Bréfritari: Jakobína Jónsdóttir
Viðtakandi: Sólveig Jónsdóttir
Dagsetning: A-1865-11-01
Skrifað á: Reykjavík  Gull.
systir bréfviðtakanda

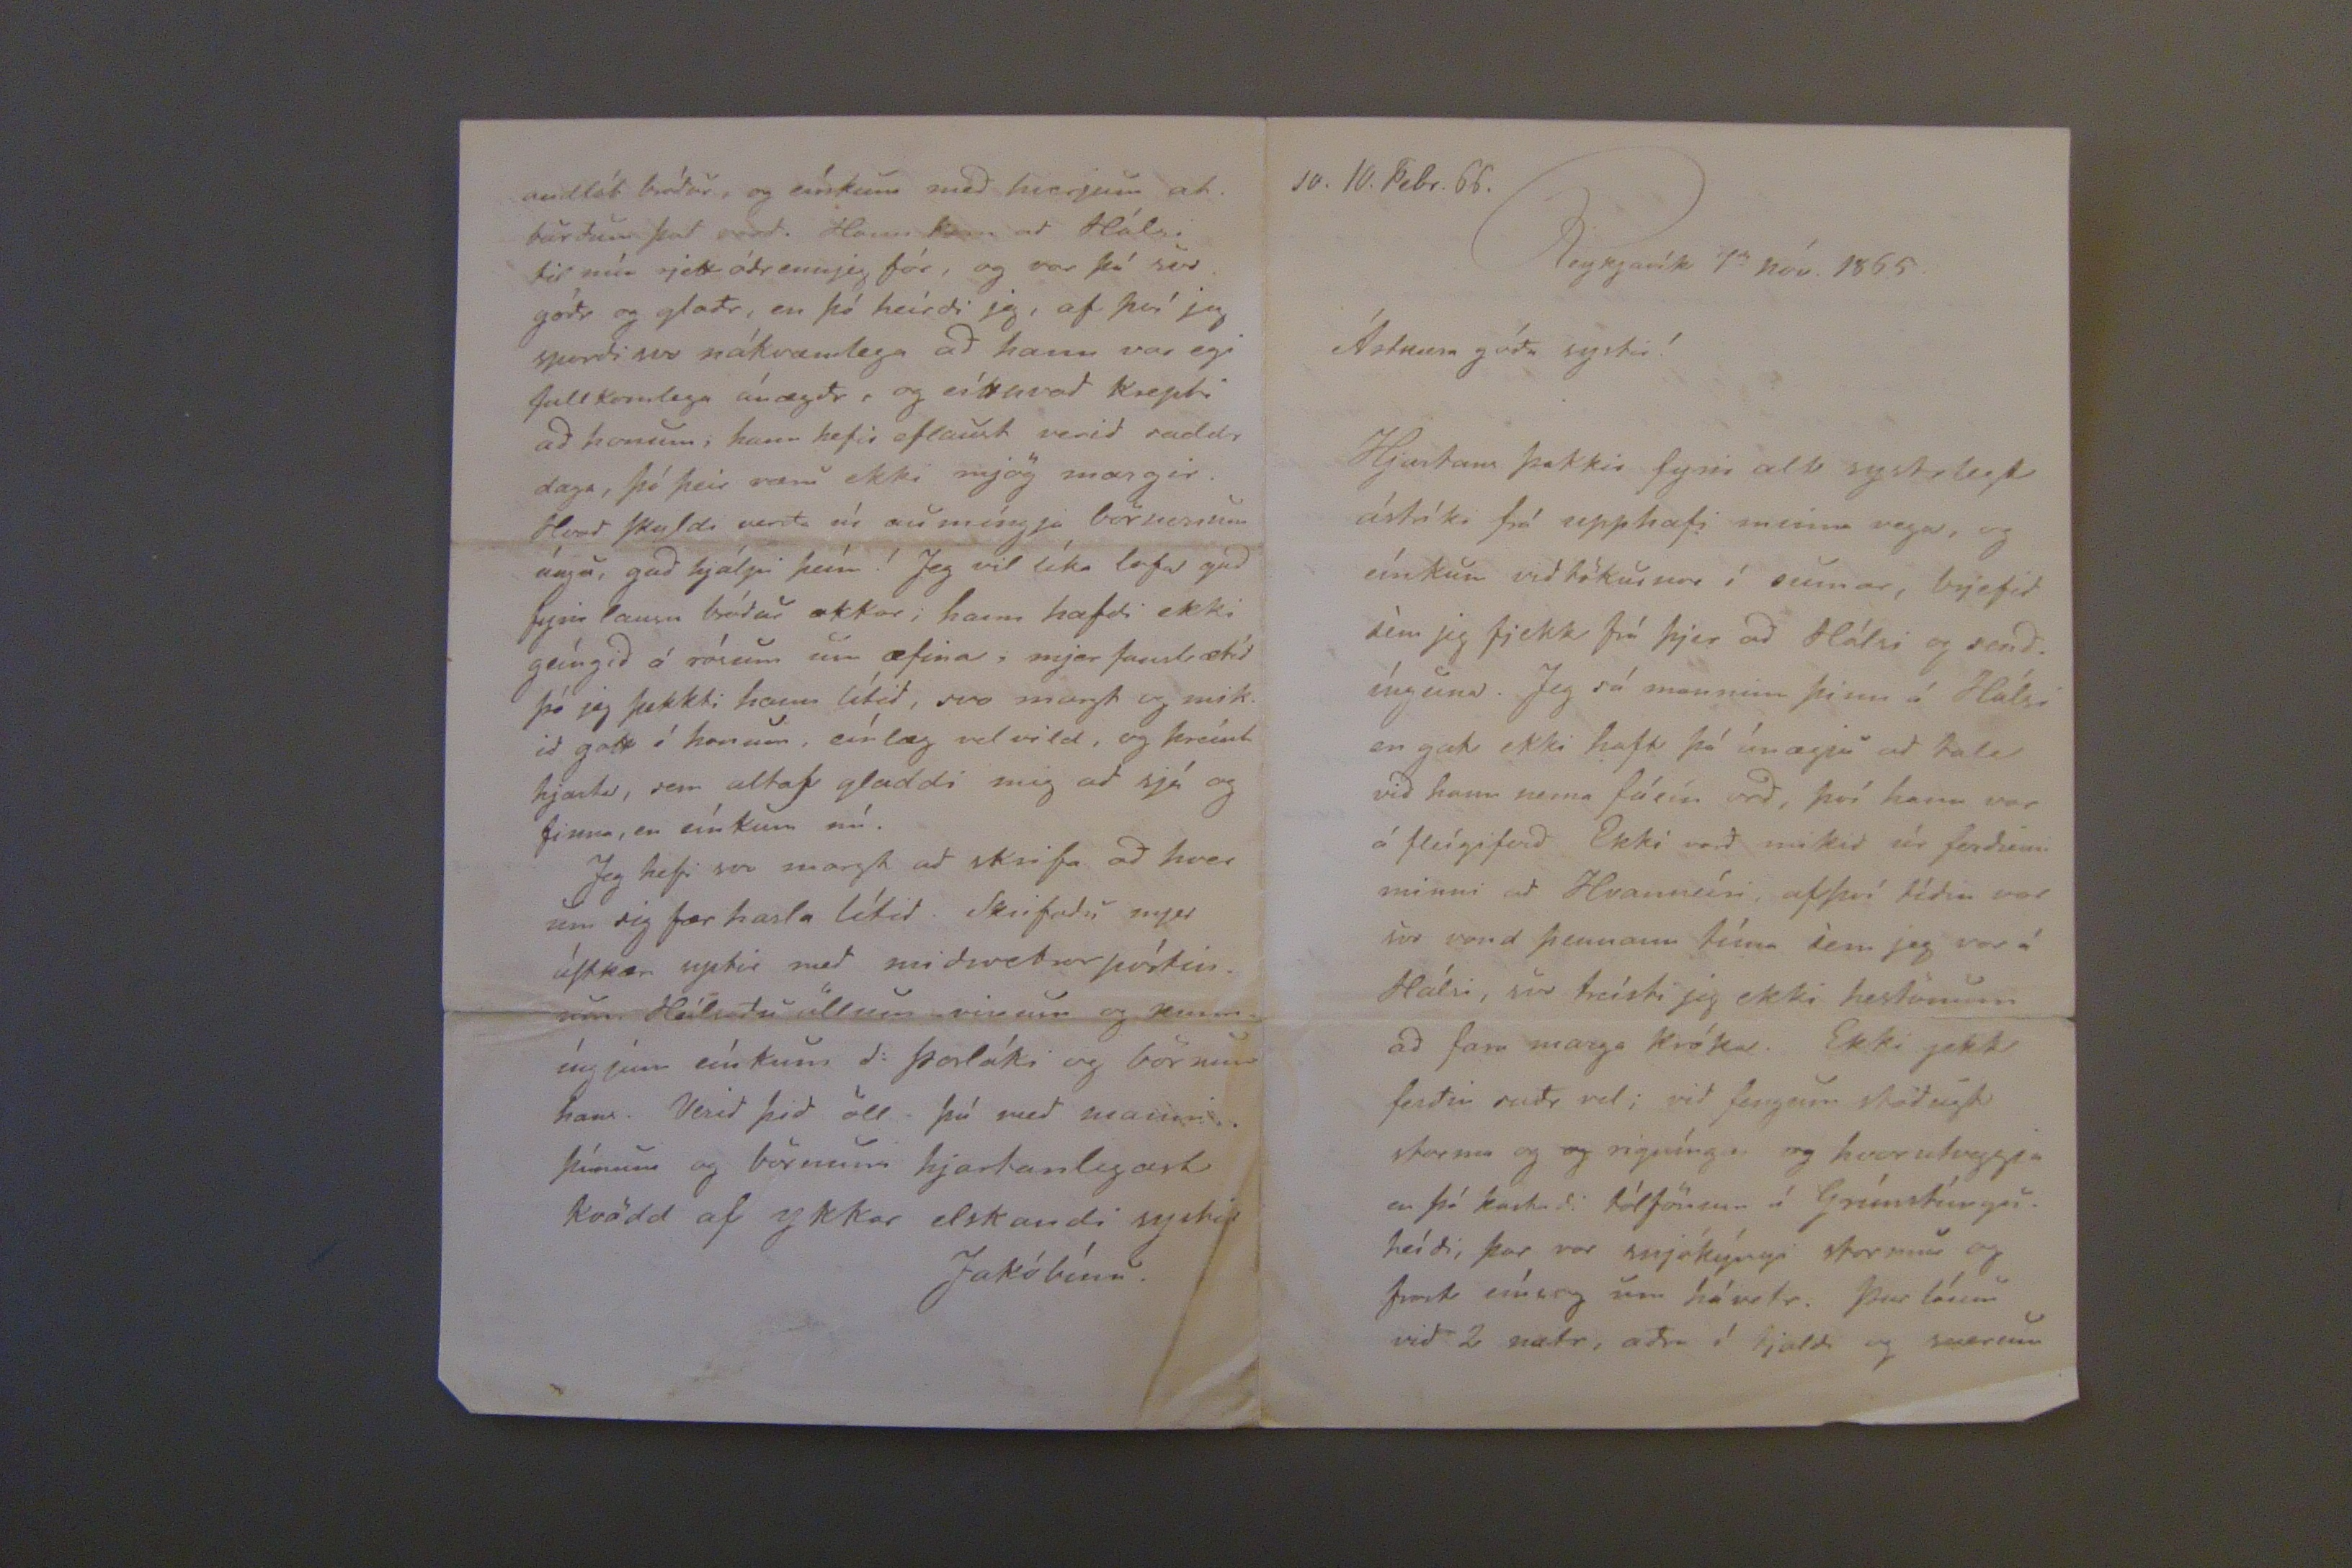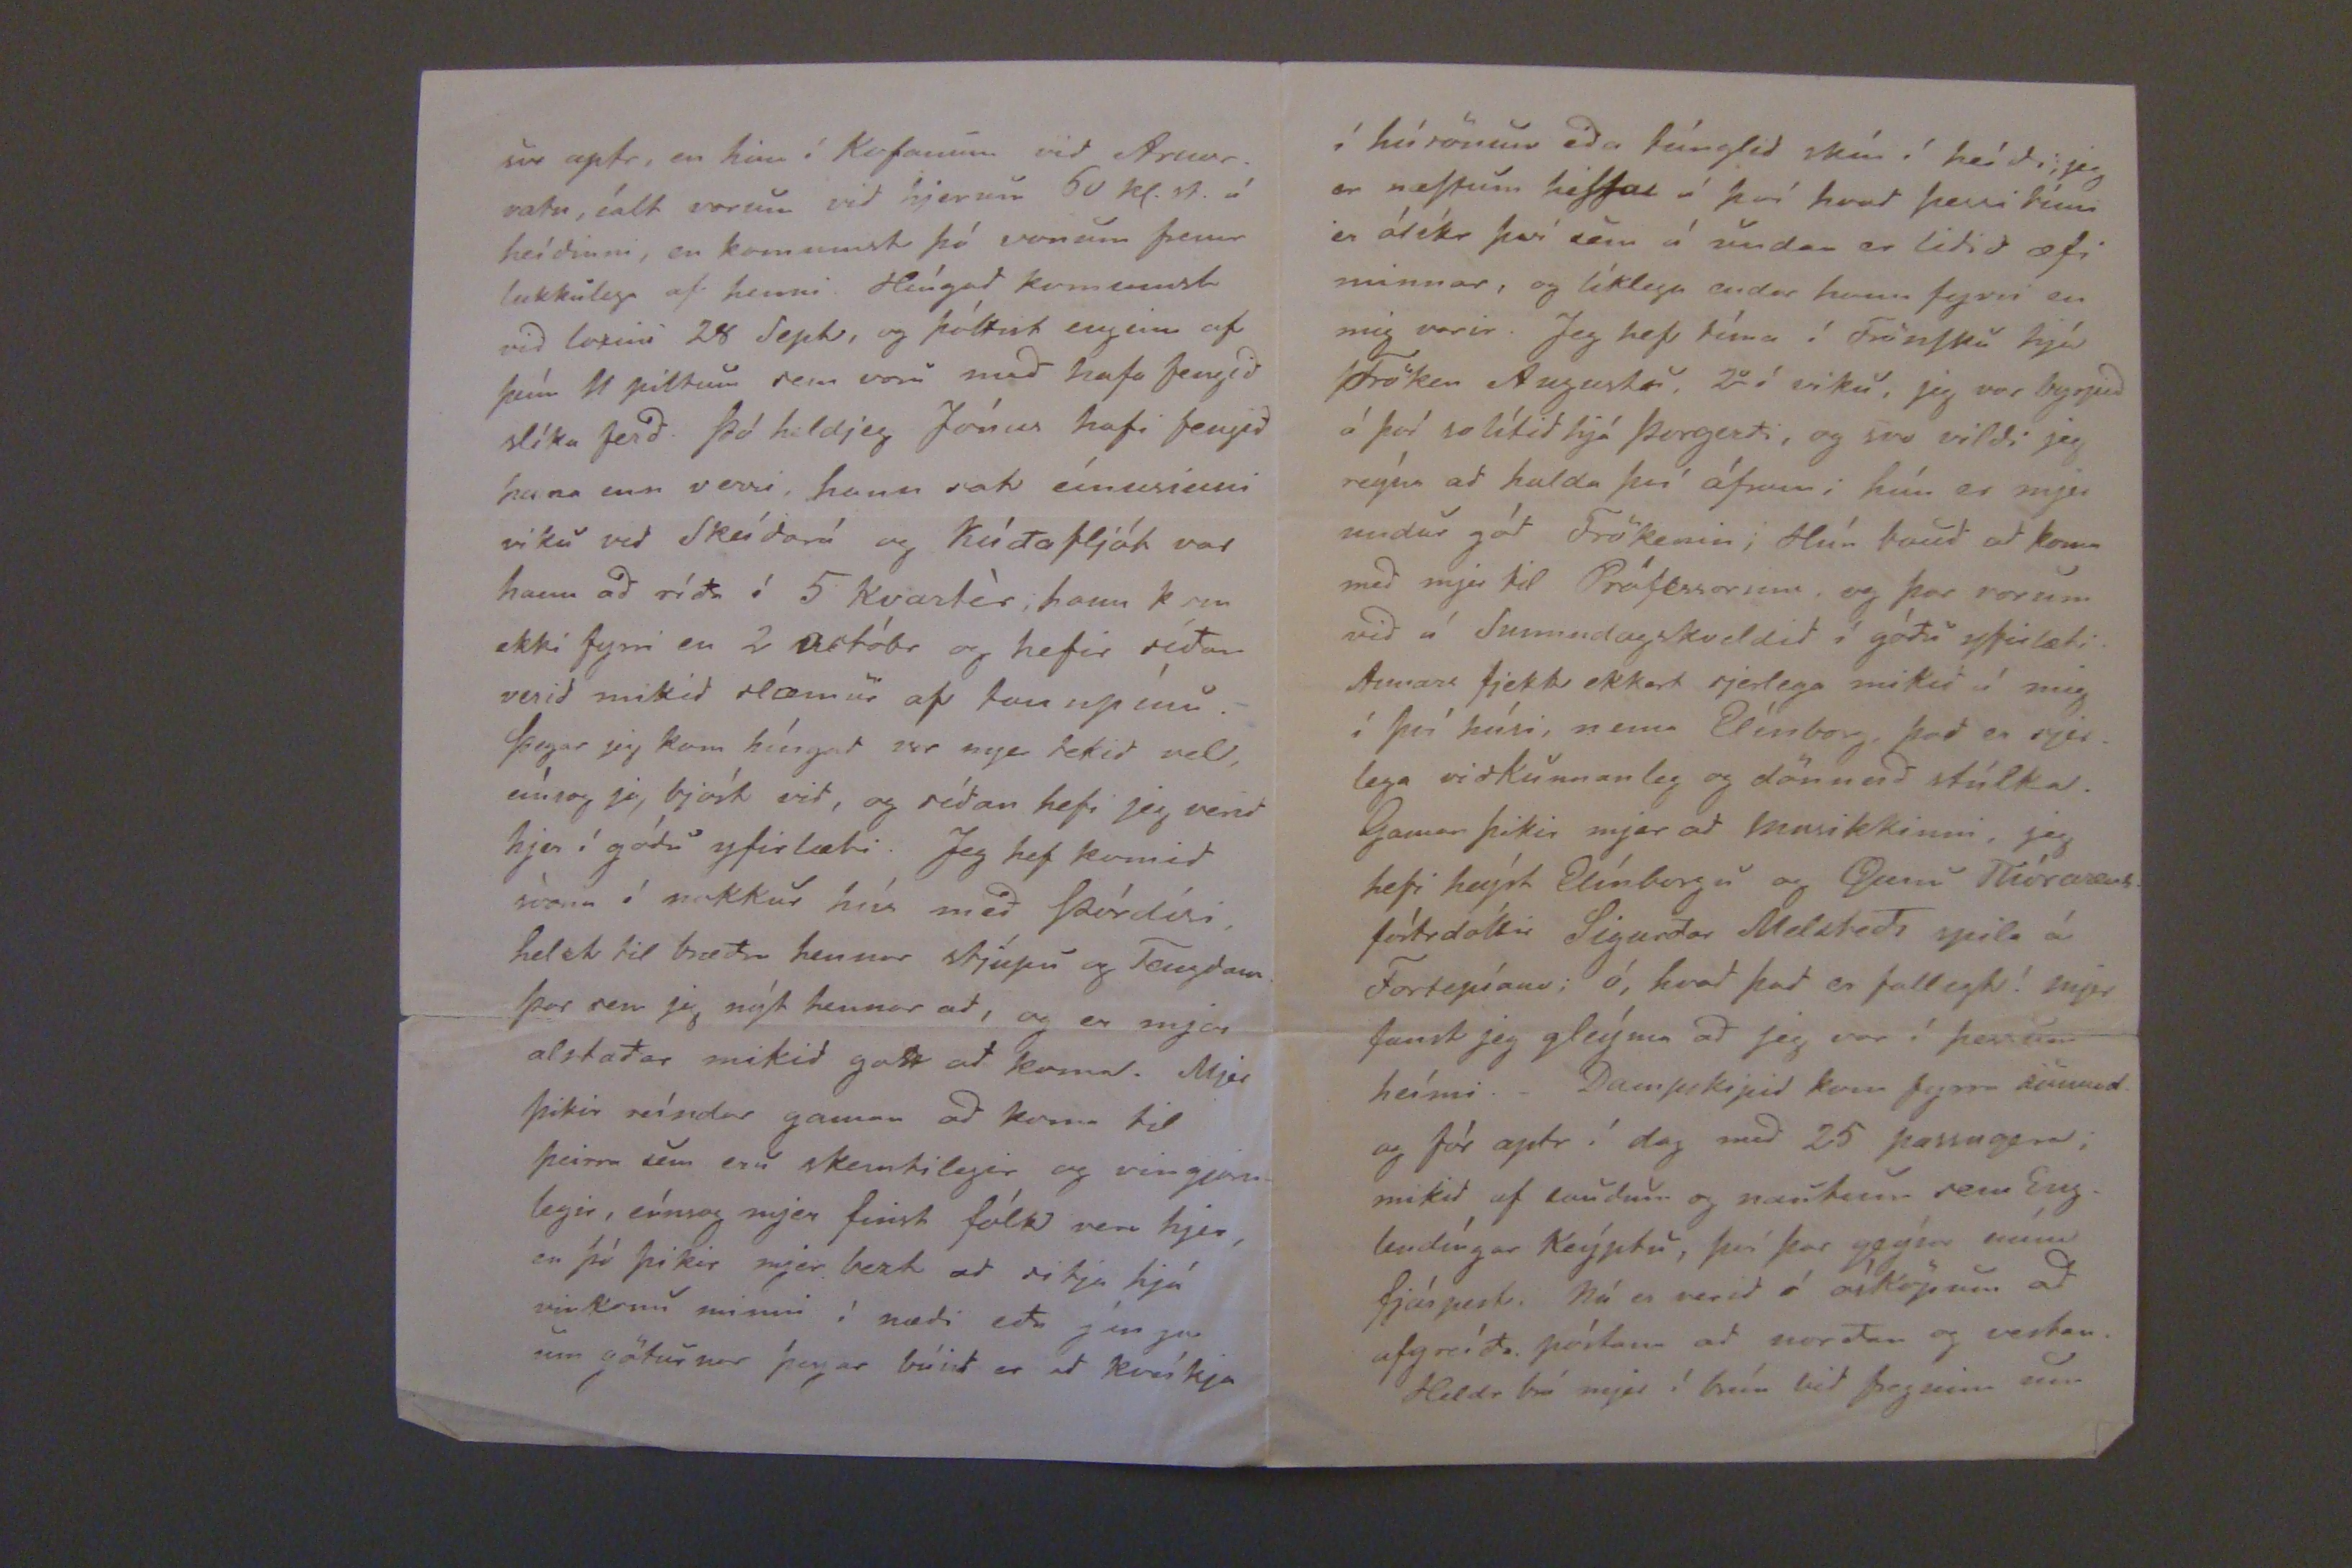

10.10.Febr. 66.
Reykjavík 1
da
nóv. 1865.
Ástkæra góda systir!
Hjartans þakkir fyrir alt systirlegt ástríki frá upphafi minna vegu, og eínkum vidtökurnar í sumar, brjefid sem jeg fjekk frá þjer ad Hálsi og sendínguna. Jeg sá manninn þinn á Hálsi en gat ekki haft þá ánægju ad tala vid hann nema fáeín ord, því hann var á fleígiferd. Ekki vard mikid úr ferdinni minni ad Hvanneíri, afþví tídin var svo vond þennann tíma sem jeg var á Hálsi, svo treísti jeg ekki hestönum ad fara marga króka. Ekki gekk ferdin sudr vel; vid fengum stödugt storma og
og
rigníngu og hvorutvggja er þá kastadi tólförum í Grímstúnguheidi, þar var snjókýngi stormur og frost eínsog um hávetr. Þeir lánu vid 2 nætr, adra í tjaldi og særum
svo aptr, en hin í Kofanum vid Arnarvatn, íalt vorum vid hjerum 60 kl.st. á heídinni, en komumst þó vonum fremr lukkulega af henni. Híngad komumst vid loksins 28 Sept, og þóttist enginn af þeím 11 piltum sem voru med hafa fengid slíka ferd. Þó heldjeg Jónas hafi fengid hana enn verri, hann sat eínusinni viku vid Skeídará og Kúdafljót var hann ad rída í 5 Kvartér; hann kom ekki fyrr en 2 Octóbr og hefir sídan verid mikid slæmur af tannpínu. Þegar jeg kom híngad var mjer tekid vel, eínsog jeg bjóst vid, og sídan hefi jeg verid hjer í gódu yfirlæti. Jeg hef komid svona í nokkur hús med Þórdísi, helzt til brædra hennar stjúpu og Tengdason þar sem jeg nýt hennar ad, og er mjer alstadar mikid gott ad koma. Mjer þikir reíndar gaman ad koma til þeirra sem eru skemtilegir og vingjarnlegir, eínsog mjer finst fólk vera hjer, en þó þikir mjer bezt ad sitja hjá vinkonu minni í nædi eda gánga um göturnar þegar búid er ad kveíkja
andlát bródur, og eínkum med hverjum atburdum þad vard. Hann kom ad Hálsi til mín rjett ádr enn jeg fór, og var þá svo gódr og gladr, en þó heirdi jeg, af því jeg spirdi svo nákvæmlega ad hann var egi fullkomlega ánægdr, og eítthvad krepti ad honum; hann hefir eflaust verid saddr daga, þó þeir væru ekki mjög margir. Hvad skyldi varda sú aumíngja börnonum úngu, gud hjálpi þeím! Jeg vil líka lofa gud fyrir lausu bródir okkar; hann hafdi ekki geíngid á rósum um æfina, mjer fanst ætíd þó jeg þekkti hann lítid, svo margt og mikid gott í honum, eínlæg velvild, og hreínt hjarta, sem altaf gladdi mig ad sjá og finna, en eínkum nú.
Jeg hefi svo margt ad skrifa ad hver um sig fær hasla lítid. Skrifadu mjer áStkær uptir med midsvetrapóstinum. Heílsadu öllum vinum og kunníngjum eínkum Sr Þorláki og börnunum hans. Verid þid öll þá med manni þínum og börnum hjartanlegast kvödd af ykkar elskandi systir
Jakóbína.
í húsönum eda túnglid skín í heídi, jeg er næStum hiSSa á því hvad þessi tími er ólíkr því sem á undan er lidid æfi minnar, og líklega enda hann fyrri en mig varir. Jeg hef tíma í FrönSku hjá Fröken Augustu, 2
v
í viku, jeg var byrjud á því solítid hjá Þorgerdi, og svo vildi jeg reýna ad halda því áfram; hún er mjer undur gód Frökenin; Hún baud ad koma mjer til Prófessorsins, og þar vorum vid á Sunnudagskveldid í gódu yfirlæti. Annars fjekk ekkert sjerlega mikid í mig í því húsi, nema Elínborg, þad er sjerlega vidkunnanleg og dönnud stúlka. Gaman þikir mjer ad Masikkinni, jeg hefi heýrt Elínbörgu og
Onnu
Thórarinsd. fóstrdóttir Sigurdar Melsteds spila á Fortepíans; ó, hvad þad er fallegt! mjer fanst jeg gleýma ad jeg var í þessum heími.
Dompskipid
kom fyrra sunnud. og fór aptr í dag med 25 passngera; mikid af laudum og nautu sem Englendíngar Keýptu, því þar geýsa núna fjárpest. Nú er verid í ósköpum ad afgreída póstann ad nordan og vestan. Heldr brá mjer í brún vid fregnina um